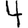
Digit: 4